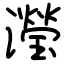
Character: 瀅